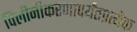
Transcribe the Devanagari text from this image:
विलीनीकरणापर्यंतप्रत्येक